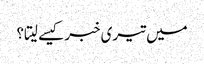
میں تیری خبر کیسے لیتا؟